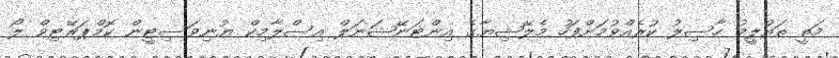
މަތީ ތައުލީމު ހާސިލު ކުރެއްވުމަށްފަހު މެލޭޝިޔާގެ އިންޓަނޭޝަނަލް އިސްލާމިކް ޔުނިވަސިޓީން ކޮމްޕަރޭޓިވް ލޯ